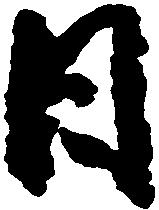
日